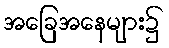
အခြေအနေများ၌